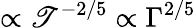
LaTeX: \propto\mathscr{T}^{-2/5}\propto\Gamma^{2/5}